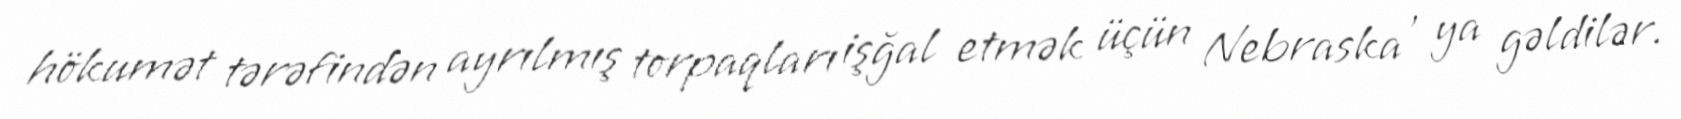
hökumət tərəfindən ayrılmış torpaqları işğal etmək üçün Nebraska ' ya gəldilər.